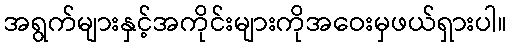
အရွက်များနှင့်အကိုင်းများကိုအဝေးမှဖယ်ရှားပါ။